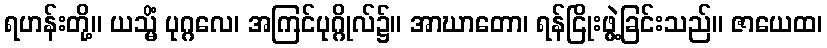
ရဟန်းတို့။ ယသ္မိံ ပုဂ္ဂလေ၊ အကြင်ပုဂ္ဂိုလ်၌။ အာဃာတော၊ ရန်ငြိုးဖွဲ့ခြင်းသည်။ ဇာယေထ၊